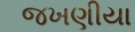
જખણીયા